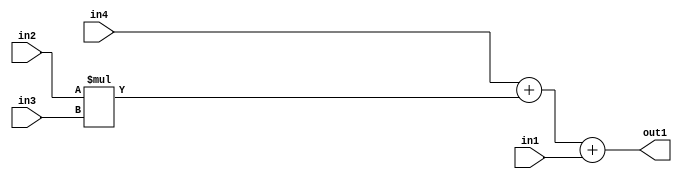
`timescale 1ps / 1ps
/*****************************************************************************
    Verilog RTL Description
    
    
    Created by: Stratus DpOpt 2019.1.01 
*******************************************************************************/

module pw_weight_addr_gen_Add3u32Mul2u16u16u16_4 (
	in4,
	in3,
	in2,
	in1,
	out1
	); /* architecture "behavioural" */ 
input [15:0] in4,
	in3,
	in2;
input [31:0] in1;
output [31:0] out1;
wire [31:0] asc001;

wire [31:0] asc001_tmp_0;
wire [31:0] asc001_tmp_1;
assign asc001_tmp_1 = 
	+(in4);
assign asc001_tmp_0 = asc001_tmp_1
	+(in2 * in3);
assign asc001 = asc001_tmp_0
	+(in1);

assign out1 = asc001;
endmodule

/* CADENCE  uLf5TQo= : u9/ySgnWtBlWxVPRXgAZ4Og= ** DO NOT EDIT THIS LINE ******/